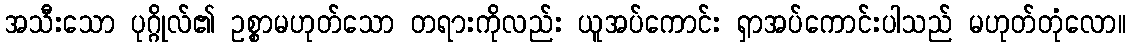
အသီးသော ပုဂ္ဂိုလ်၏ ဥစ္စာမဟုတ်သော တရားကိုလည်း ယူအပ်ကောင်း ရှာအပ်ကောင်းပါသည် မဟုတ်တုံလော။